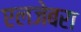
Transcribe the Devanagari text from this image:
एलजेबरा